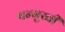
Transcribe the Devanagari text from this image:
षन्मुखी